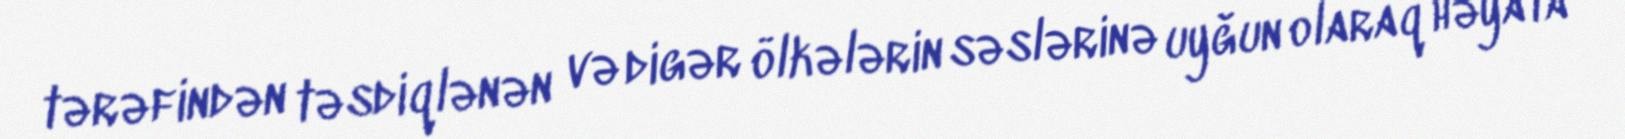
tərəfindən təsdiqlənən və digər ölkələrin səslərinə uyğun olaraq həyata